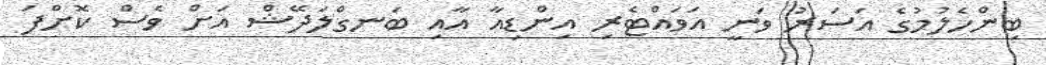
ބިންހެލުމުގެ އަސަރު ވަނީ އަވައްޓެރި އިންޑިއާ އާއި ބަނގްލަދޭޝް އަށް ވެސް ކޮށްފަ